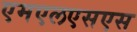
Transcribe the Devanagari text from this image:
एमएलएसएस